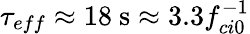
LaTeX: \tau_{eff}\approx 18~\mathrm{s}\approx 3.3f_{ci0}^{-1}